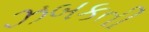
ઝબકતી